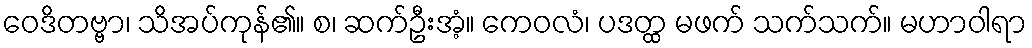
ဝေဒိတဗ္ဗာ၊ သိအပ်ကုန်၏။ စ၊ ဆက်ဦးအံ့။ ကေဝလံ၊ ပဒတ္ထ မဖက် သက်သက်။ မဟာဝါရာ